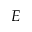
E